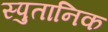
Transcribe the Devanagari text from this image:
स्पुतानिक